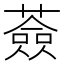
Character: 薟